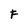
Character: F